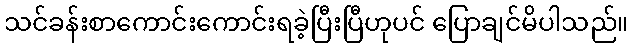
သင်ခန်းစာကောင်းကောင်းရခဲ့ပြီးပြီဟုပင် ပြောချင်မိပါသည်။